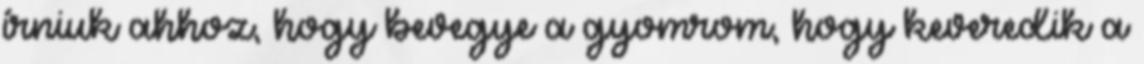
írniuk ahhoz, hogy bevegye a gyomrom, hogy keveredik a